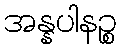
အန္နပါနဉ္စ